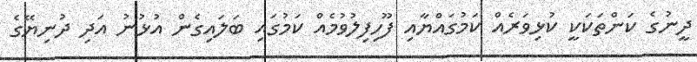
ދީނުގެ ކަންތަކަކީ ކުޅިވަރެއް ކަމުގައްޔާއި ފޫހިފިލުވުމެއް ކަމުގައި ބަލައިގެން އުޅުނު އަދި ދުނިޔޭގެ